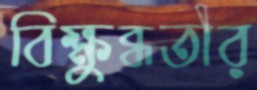
বিক্ষুব্ধতার